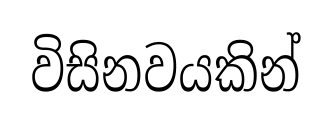
විසිනවයකින්